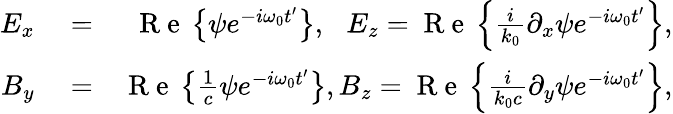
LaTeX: \begin{array}{rlr}{E_{x}}&{{}=}&{\mathrm{~R~e~}\left\{ \psi e^{-i\omega_{0}t^{\prime}}\right\} ,\, \, \, \, E_{z}=\mathrm{~R~e~}\left\{ \frac{i}{k_{0}}\partial_{x}\psi e^{-i\omega_{0}t^{\prime}}\right\} ,}\\ {B_{y}}&{{}=}&{\mathrm{~R~e~}\left\{ \frac{1}{c}\psi e^{-i\omega_{0}t^{\prime}}\right\} ,B_{z}=\mathrm{~R~e~}\left\{ \frac{i}{k_{0}c}\partial_{y}\psi e^{-i\omega_{0}t^{\prime}}\right\} ,}\end{array}